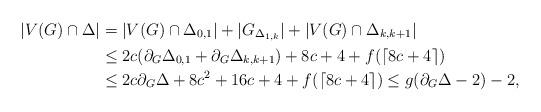
LaTeX: \begin{align*}|V(G)\cap \Delta|&=|V(G)\cap \Delta_{0,1}|+|G_{\Delta_{1,k}}|+|V(G)\cap \Delta_{k,k+1}|\\&\le 2c(\partial_G\Delta_{0,1}+\partial_G\Delta_{k,k+1})+8c+4+f(\lceil 8c+4\rceil)\\&\le 2c\partial_G\Delta+8c^2+16c+4+f(\lceil 8c+4\rceil)\le g(\partial_G\Delta-2)-2,\end{align*}